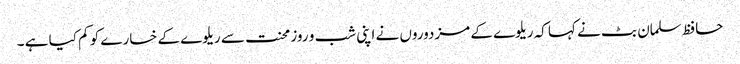
حافظ سلمان بٹ نے کہا کہ ریلوے کے مزدوروں نے اپنی شب و روز محنت سے ریلوے کے خسارے کو کم کیا ہے ۔